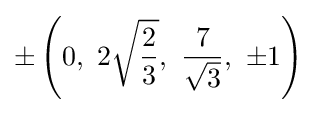
\pm \left(0,\ 2{\sqrt {\frac {2}{3}}},\ {\frac {7}{\sqrt {3}}},\ \pm 1\right)